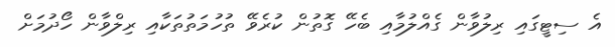
އެ ސިޓީގައި ރިލުވާން ގެއްލުމާއި ބެހޭ ގޮތުން ކުރެވޭ ތުހުމަތުތަކާއި ރިލްވާން ހޯދުމަށް